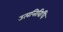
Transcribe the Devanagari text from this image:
उत्पत्तिविधि